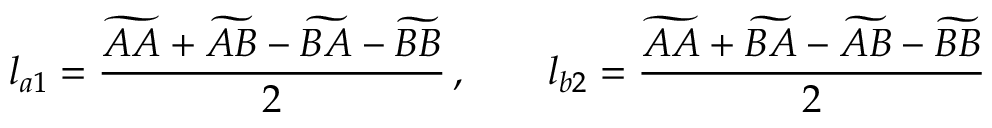
l _ { a 1 } = \frac { \widetilde { A A } + \widetilde { A B } - \widetilde { B A } - \widetilde { B B } } { 2 } \, , \qquad l _ { b 2 } = \frac { \widetilde { A A } + \widetilde { B A } - \widetilde { A B } - \widetilde { B B } } { 2 }